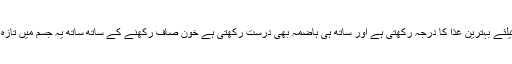
یہ دمے کے مریضوں کیلئے بہترین غذا کا درجہ رکھتی ہے اور ساتھ ہی ہاضمہ بھی درست رکھتی ہے خون صاف رکھنے کے ساتھ ساتھ یہ جسم میں تازہ خون بھی پیدا کرتی ہے۔